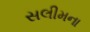
સલીમના